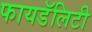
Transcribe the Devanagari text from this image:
फायडॅलिटी